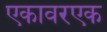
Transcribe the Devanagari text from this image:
एकावरएक